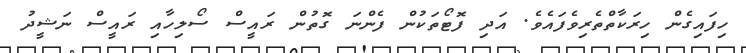
ހިފައިގެން ހިރަކާތްތެރިވެފައެވެ. އަދި ފޮޓޯތަކުން ފެންނަ ގޮތުން ރައީސް ސޯލިހާއި ރައީސް ނަޝީދު